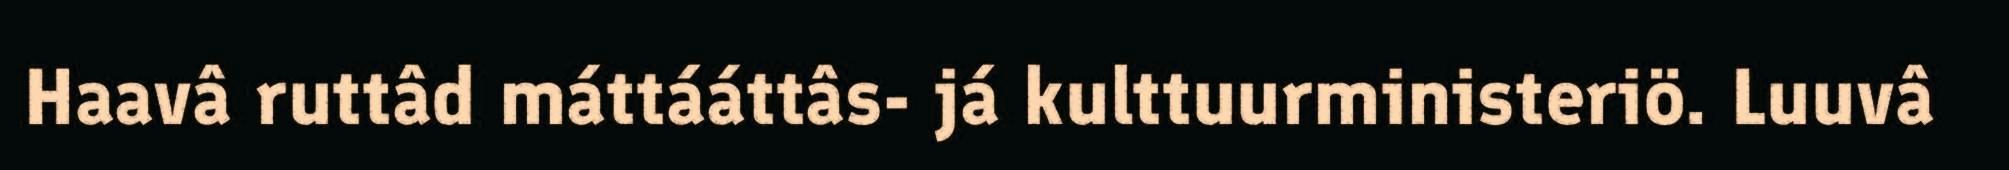
Haavâ ruttâd máttááttâs- já kulttuurministeriö. Luuvâ